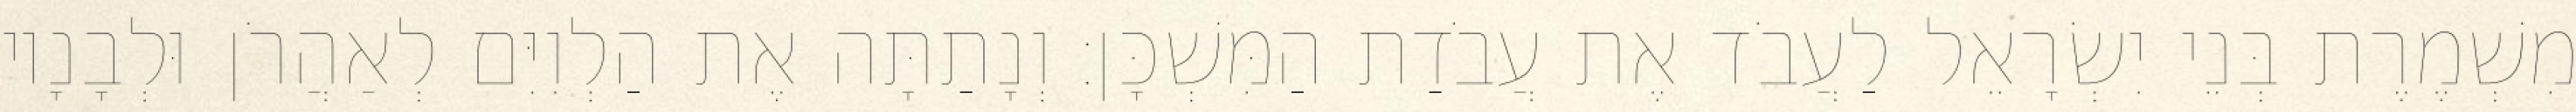
מִשְׁמֶרֶת בְּנֵי יִשְׂרָאֵל לַעֲבֹד אֶת עֲבֹדַת הַמִּשְׁכָּן׃ וְנָתַתָּה אֶת הַלְוִיִּם לְאַהֲרֹן וּלְבָנָיו